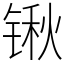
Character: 锹